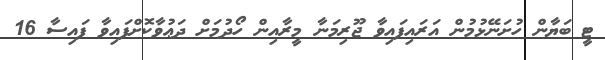
ޓީ ބަޔާން ހުށަނޭޅުމުން އަރައިފައިވާ ޖޫރިމަނާ މީރާއިން ހޯދުމަށް ދަޢުވާކޮށްފައިވާ ފައިސާ 16